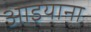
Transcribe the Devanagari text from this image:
आइयाना